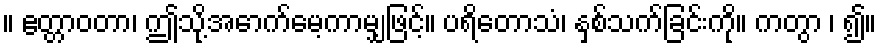
။ ဧတ္တာဝတာ၊ ဤသို့အောက်မေ့ကာမျှဖြင့်။ ပရိတောသံ၊ နှစ်သက်ခြင်းကို။ ကတွာ ၊ ၍။